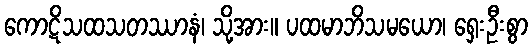
ကောဋိသထသတဿာနံ၊ သို့အား။ ပထမာဘိသမယော၊ ရှေးဦးစွာ